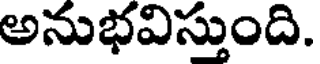
అనుభవిస్తుంది.